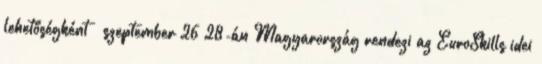
lehetőségként – szeptember 26–28-án Magyarország rendezi az EuroSkills idei